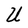
Character: U